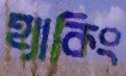
হ্যাকিং